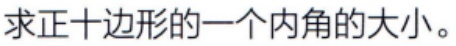
求正十边形的一个内角的大小。